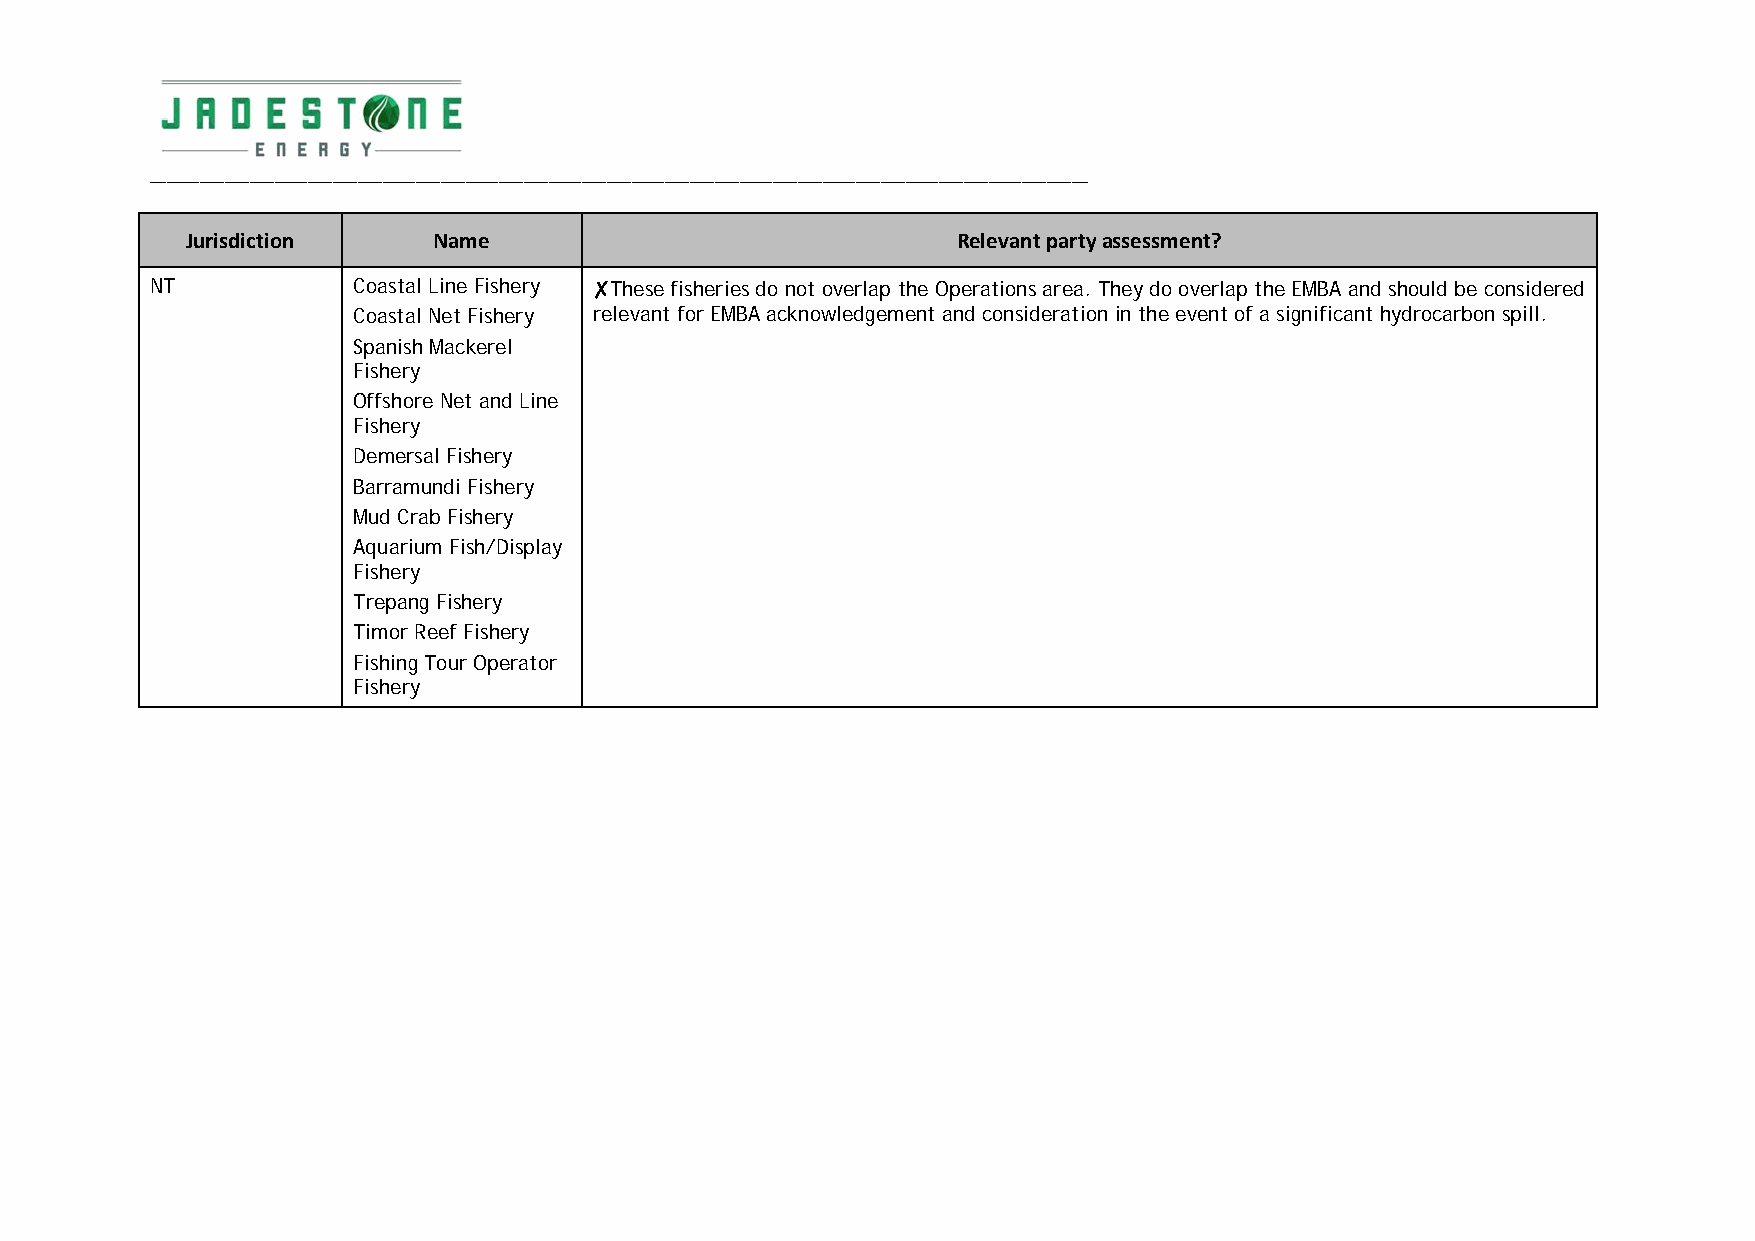
_________________________________________________________________________________________________________________
 Jurisdiction     Name                              Relevant party assessment?
 NT           Coastal Line Fishery ✘These fisheries do not overlap the Operations area. They do overlap the EMBA and should be considered
 Coastal Net Fishery relevant for EMBA acknowledgement and consideration in the event of a significant hydrocarbon spill.
 Spanish Mackerel
 Fishery
 Offshore Net and Line
 Fishery
 Demersal Fishery
 Barramundi Fishery
 Mud Crab Fishery
 Aquarium Fish/Display
 Fishery
 Trepang Fishery
 Timor Reef Fishery
 Fishing Tour Operator
 Fishery